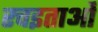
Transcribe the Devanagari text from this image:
रचइताओं